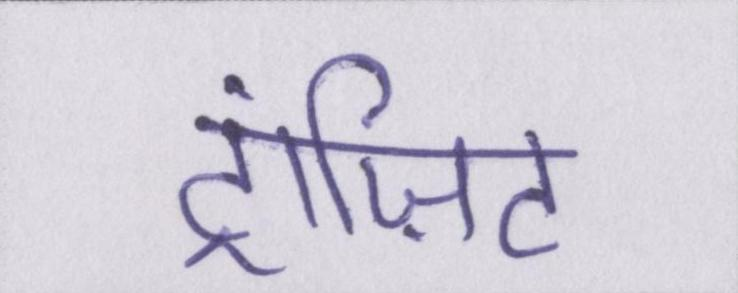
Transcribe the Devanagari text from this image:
ट्रांज़िट